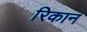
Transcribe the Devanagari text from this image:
रिकान